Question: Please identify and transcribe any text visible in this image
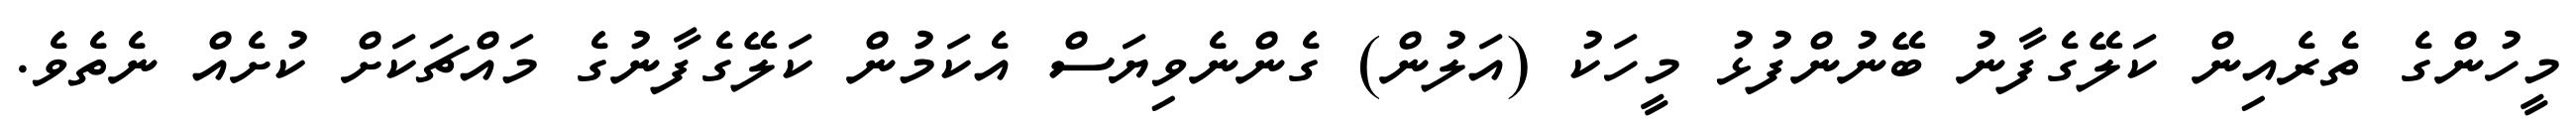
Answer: މީހުންގެ ތެރެއިން ކަލޭގެފާނު ބޭނުންފުޅު މީހަކު (އަލުން) ގެންނެވިޔަސް އެކަމުން ކަލޭގެފާނުގެ މައްޗަކަށް ކުށެއް ނެތެވެ.